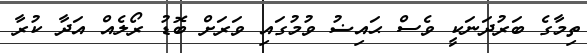
ތިމާގެ ބަރުދަނަކީ ވެސް ޙައިޟު ވުމުގައި ވަރަށް ބޮޑު ރޯލެއް އަދާ ކުރާ